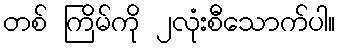
တစ် ကြိမ်ကို ၂လုံးစီသောက်ပါ။